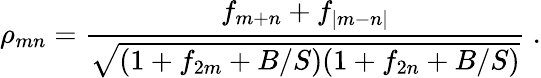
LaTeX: \rho_{mn}=\frac{f_{m+n}+f_{|m-n|}}{\sqrt{(1+f_{2m}+B/S)(1+f_{2n}+B/S)}}\ .